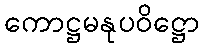
ကောဋ္ဌမနုပဝိဋ္ဌော